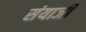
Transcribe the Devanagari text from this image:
संयाजी